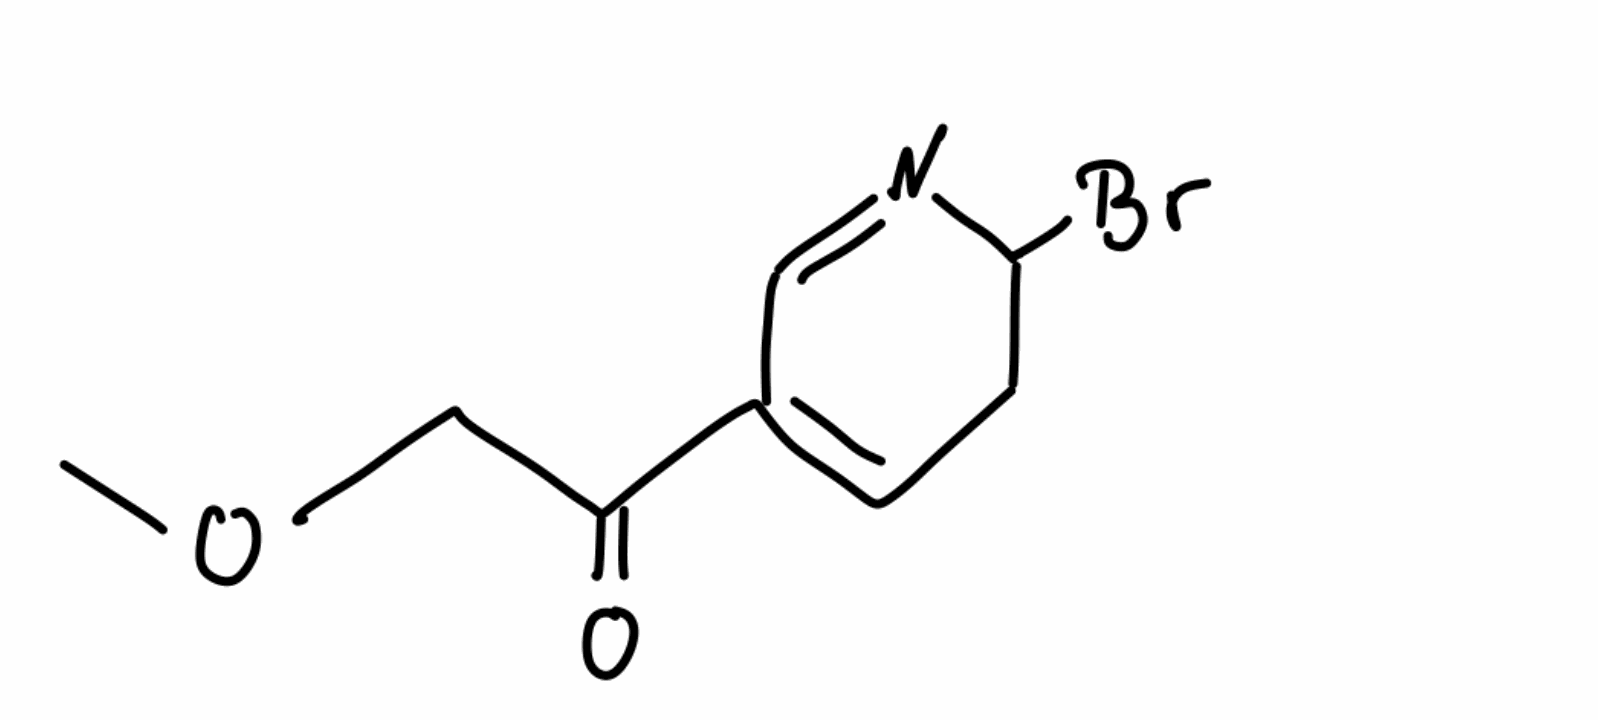
Simplified molecular-input line-entry system (SMILES) notation of the given molecule:
COCC(=O)C1=CCC(N=C1)Br